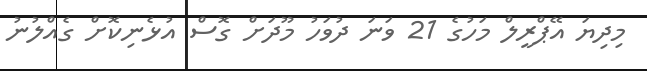
މިދިޔަ އޭޕްރީލް މަހުގެ 21 ވަނަ ދުވަހު މޫދަށް ގޮސް އުޅެނިކޮށް ގެއްލުނު